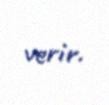
verir.